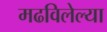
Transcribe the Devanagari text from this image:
मढविलेल्या